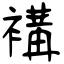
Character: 褠